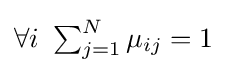
{\textstyle \forall i~\sum _{j=1}^{N}\mu _{ij}=1}